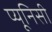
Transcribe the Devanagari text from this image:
प्यूनिसी